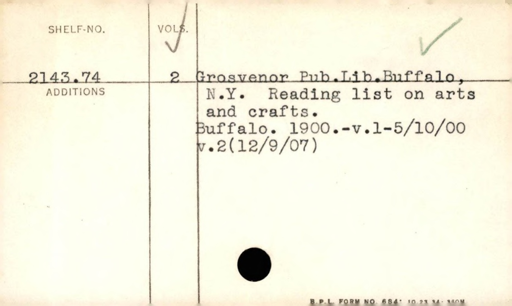
Label: content